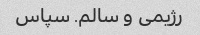
رژیمی و سالم. سپاس